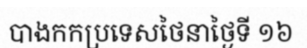
បាងកកប្រទេសថៃនាថ្ងៃទី ១៦